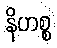
နိဟစ္စ